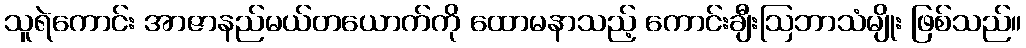
သူရဲကောင်း အာဇာနည်မယ်တယောက်ကို ထောမနာသည့် ကောင်းချီးဩဘာသံမျိုး ဖြစ်သည်။